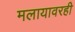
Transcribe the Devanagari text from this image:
मलायावरही